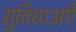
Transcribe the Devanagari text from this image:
सुविधाअएँ